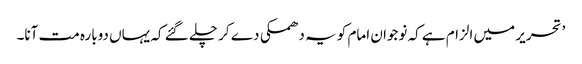
’ تحریر میں الزام ہے کہ نوجوان امام کو یہ دھمکی دے کر چلے گئے کہ یہاں دوبارہ مت آنا۔